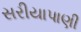
સરીયાપાણી